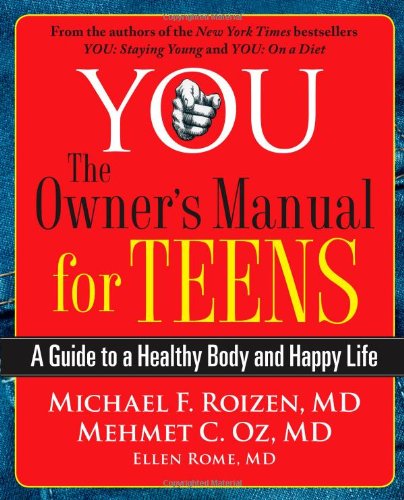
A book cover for YOU: The Owner's Manual for Teens: A Guide to a Healthy Body and Happy Life; Michael F. Roizen; Teen & Young Adult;